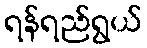
ရန်ရည်ရွယ်